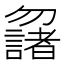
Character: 𠤌